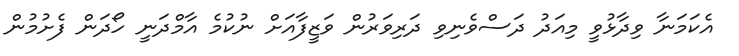
އެކަމަނާ ވިދާޅުވީ މިއަދު ދަސްވެނިވި ދަރިވަރުން ވަޒީފާއަށް ނުކުމެ އާމްދަނީ ހޯދަން ފެށުމުން